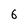
Character: 6